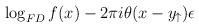
LaTeX: \begin{align*}\log _{FD}f(x)-2\pi i\theta (x-y_{\uparrow })\epsilon\end{align*}